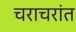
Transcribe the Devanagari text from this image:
चराचरांत